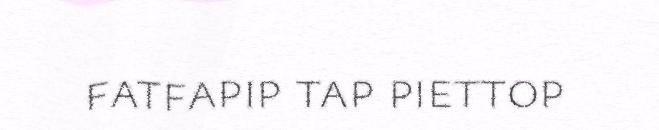
fatfapip tap piettop